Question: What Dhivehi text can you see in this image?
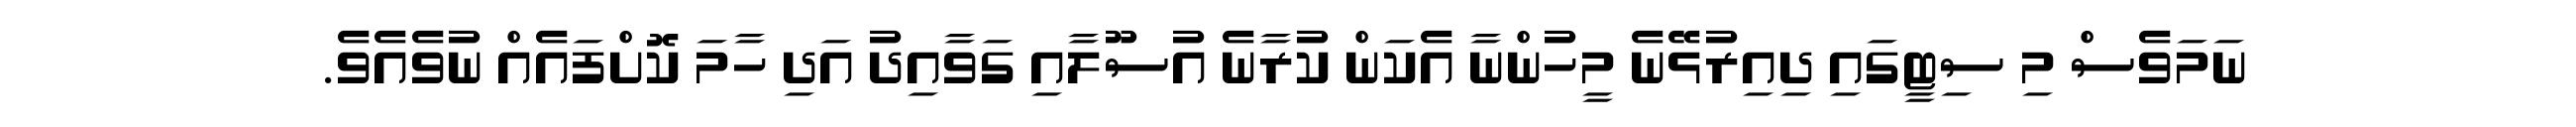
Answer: ނަމަވެސް މި ސިޓީގައި ދިއިރުޅޭނެ މީހުންނާ އެކަން ކުރާނެ އުސޫލާއި ގަވާއިދު އަދި ހާމަ ކޮށްފައެއް ނުވެއެވެ.